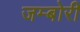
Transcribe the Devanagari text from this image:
जम्बोरी